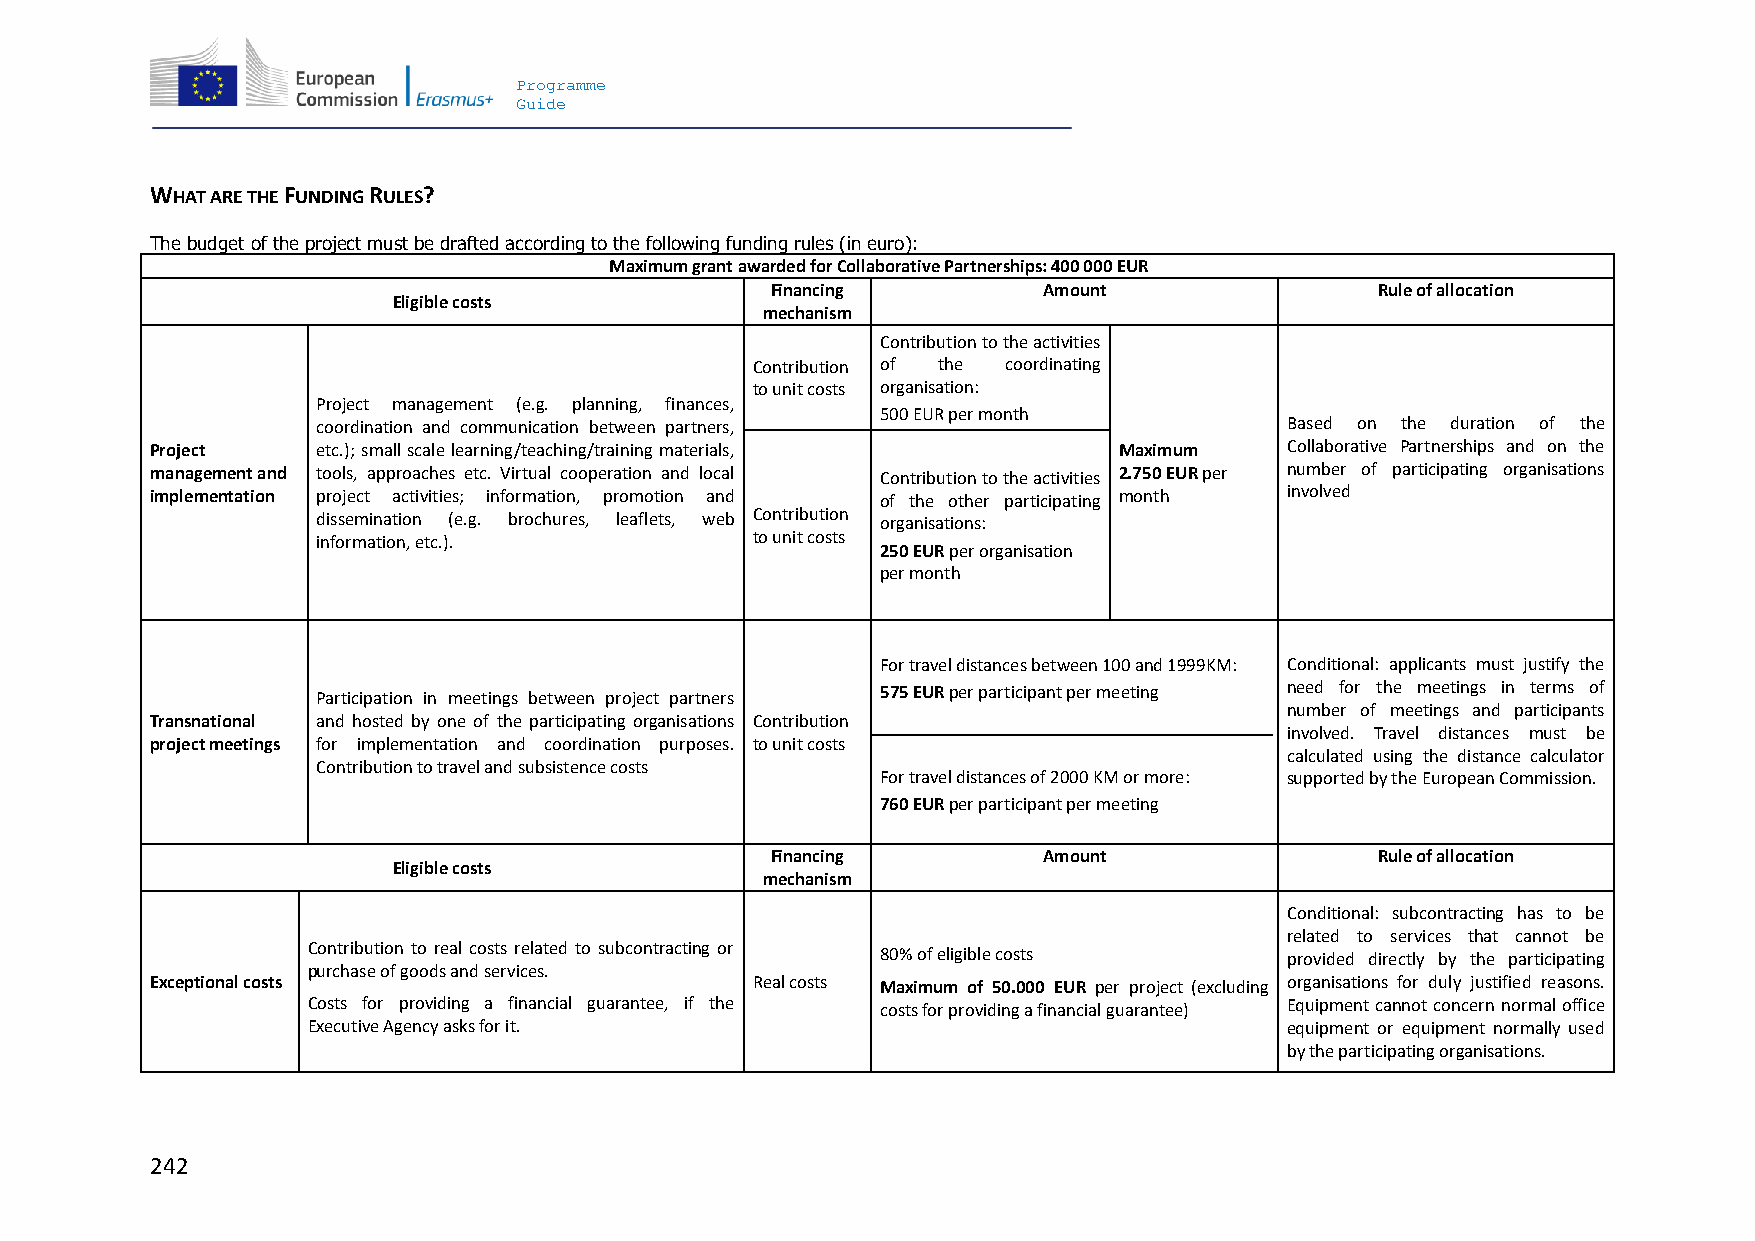
Programme
 Guide
 WHAT ARE THE FUNDING RULES?
 The budget of the project must be drafted according to the following funding rules (in euro):
 Maximum grant awarded for Collaborative Partnerships: 400 000 EUR
 Financing         Amount                Rule of allocation
 Eligible costs
 mechanism
 Contribution to the activities
 Contribution of the coordinating
 to unit costs organisation:
 Project management (e.g. planning, finances,
 500 EUR per month
 coordination and communication between partners,                Based on the duration of the
 Project    etc.); small scale learning/teaching/training materials, Maximum Collaborative Partnerships and on the
 management and tools, approaches etc. Virtual cooperation and local Contribution to the activities 2.750 EUR per number of participating organisations
 implementation project activities; information, promotion and of the other participating month involved
 dissemination (e.g. brochures, leaflets, web Contribution organisations:
 information, etc.).          to unit costs
 250 EUR per organisation
 per month
 For travel distances between 100 and 1999KM: Conditional: applicants must justify the
 Participation in meetings between project partners 575 EUR per participant per meeting need for the meetings in terms of
 number of meetings and participants
 Transnational and hosted by one of the participating organisations Contribution
 involved. Travel distances must be
 project meetings for implementation and coordination purposes. to unit costs
 calculated using the distance calculator
 Contribution to travel and subsistence costs
 For travel distances of 2000 KM or more: supported by the European Commission.
 760 EUR per participant per meeting
 Financing         Amount                Rule of allocation
 Eligible costs
 mechanism
 Conditional: subcontracting has to be
 related to services that cannot be
 Contribution to real costs related to subcontracting or
 80% of eligible costs      provided directly by the participating
 purchase of goods and services.
 Exceptional costs                       Real costs Maximum of 50.000 EUR per project (excluding organisations for duly justified reasons.
 Costs for providing a financial guarantee, if the costs for providing a financial guarantee) Equipment cannot concern normal office
 Executive Agency asks for it.                                    equipment or equipment normally used
 by the participating organisations.
 242